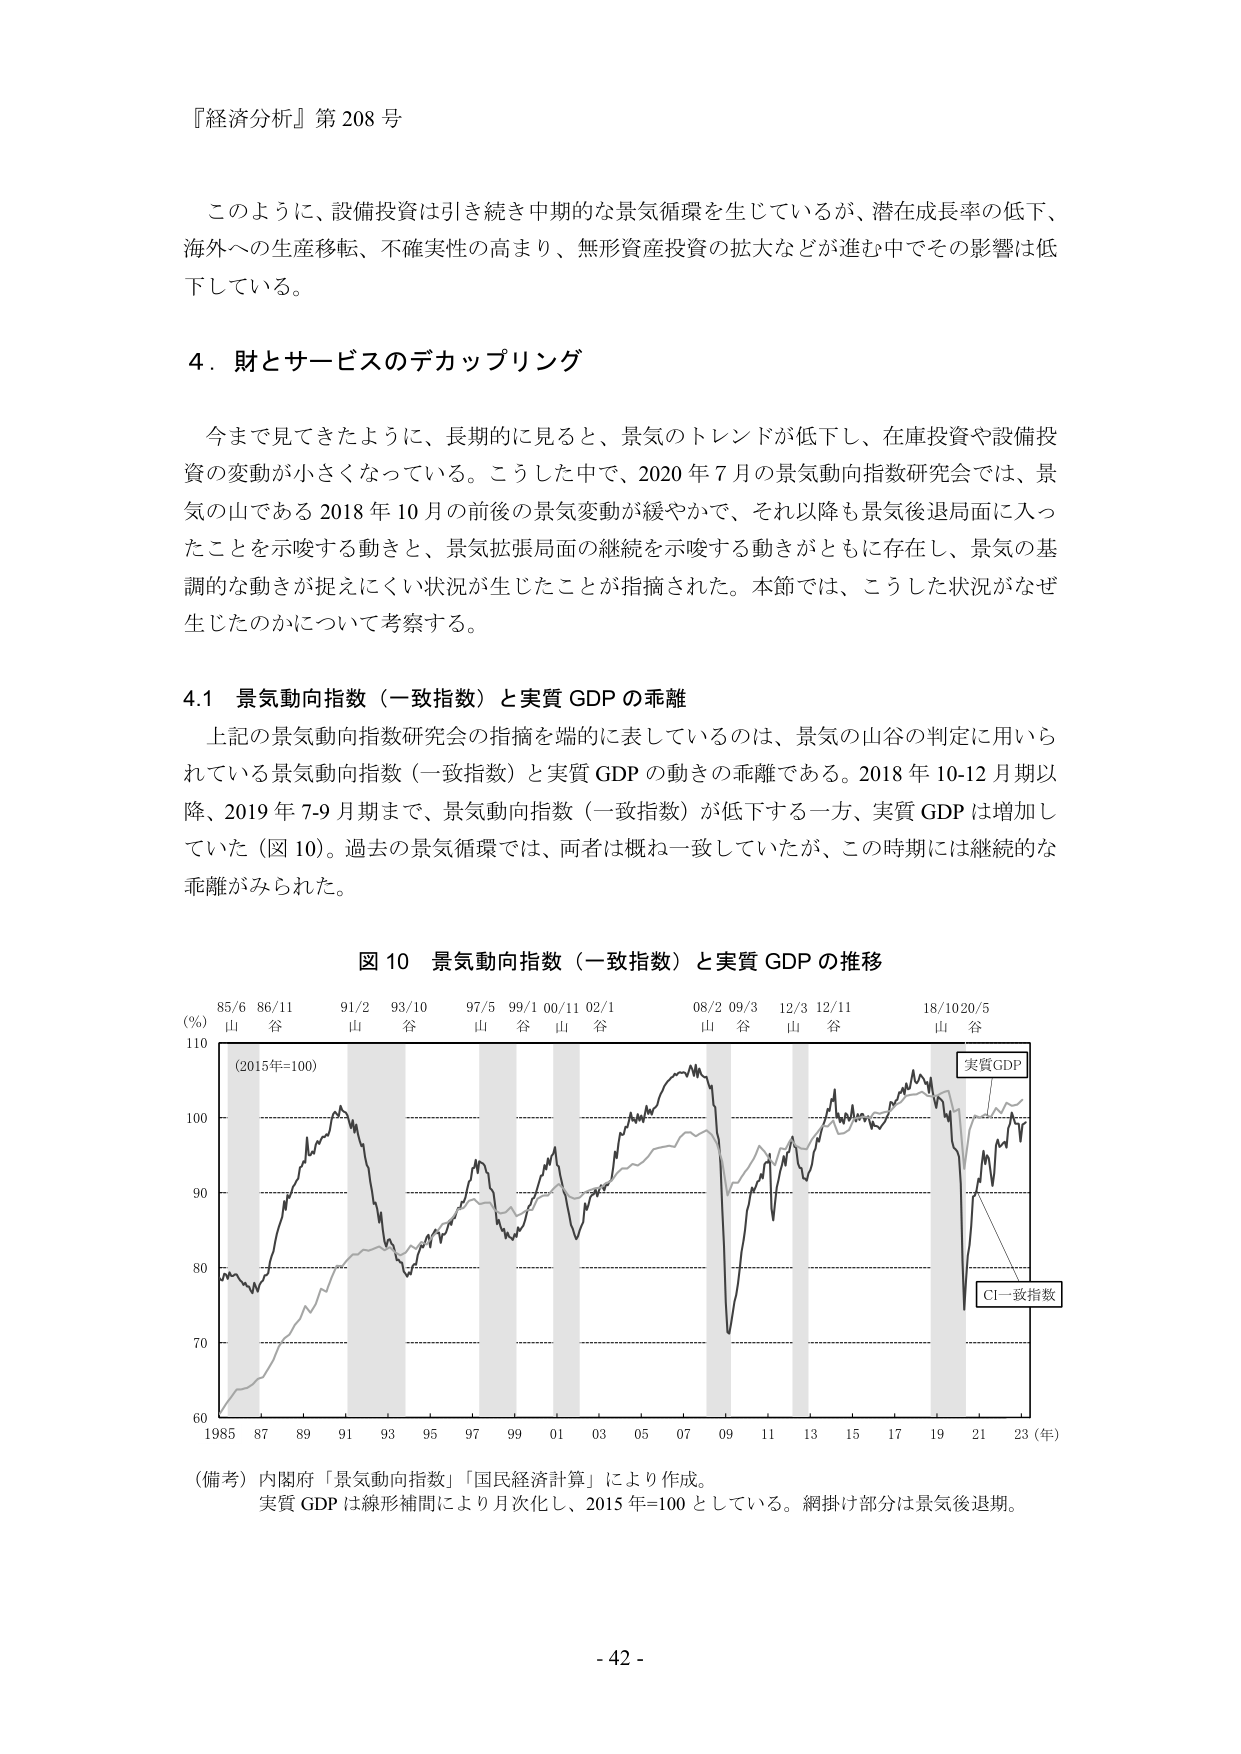
『経済分析』第 208 号

このように、設備投資は引き続き中期的な景気循環を生じているが、潜在成長率の低下、
海外への生産移転、不確実性の高まり、無形資産投資の拡大などが進む中でその影響は低
下している。

4．財とサービスのデカップリング

今まで見てきたように、長期的に見ると、景気のトレンドが低下し、在庫投資や設備投
資の変動が小さくなっている。こうした中で、2020 年 7 月の景気動向指数研究会では、景
気の山である 2018 年 10 月の前後の景気変動が緩やかで、それ以降も景気後退局面に入っ
たことを示唆する動きと、景気拡張局面の継続を示唆する動きがともに存在し、景気の基
調的な動きが捉えにくい状況が生じたことが指摘された。本節では、こうした状況がなぜ
生じたのかについて考察する。

4.1 景気動向指数（一致指数）と実質 GDP の乖離

上記の景気動向指数研究会の指摘を端的に表しているのは、景気の山谷の判定に用いら
れている景気動向指数（一致指数）と実質 GDP の動きの乖離である。2018 年 10-12 月期以
降、2019 年 7-9 月期まで、景気動向指数（一致指数）が低下する一方、実質 GDP は増加し
ていた（図 10）。過去の景気循環では、両者は概ね一致していたが、この時期には継続的な
乖離がみられた。

図 10 景気動向指数（一致指数）と実質 GDP の推移

(%) 85/6 86/11 91/2 93/10 97/5 99/1 00/11 02/1 08/2 09/3 12/3 12/11 18/10 20/5
山 谷 山 谷 山 谷 山 谷 山 谷 山 谷 山 谷
110
(2015年=100)
100
90
80
70
60
1985 87 89 91 93 95 97 99 01 03 05 07 09 11 13 15 17 19 21 23 (年)
実質GDP
CI一致指数

（備考）内閣府「景気動向指数」「国民経済計算」により作成。
実質 GDP は線形補間により月次化し、2015 年=100 としている。網掛け部分は景気後退期。

- 42 -